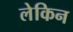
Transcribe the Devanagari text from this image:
लेकिन